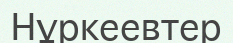
Нұркеевтер